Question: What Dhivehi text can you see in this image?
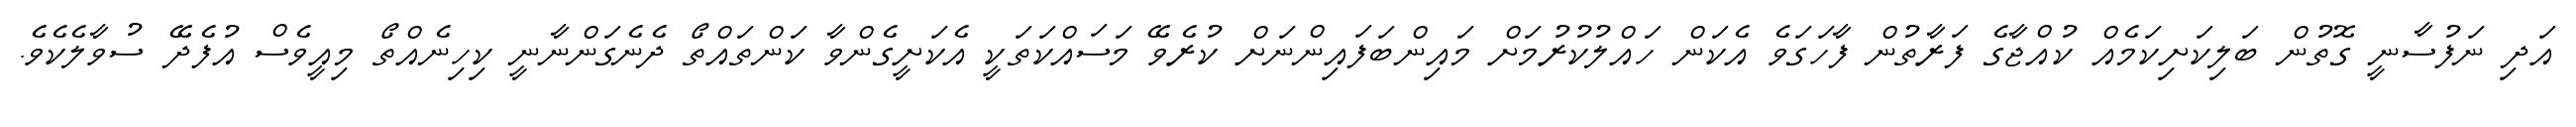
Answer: އަދި ނަފުސާނީ ގޮތުން ބަލިކަށިކަމެއް ކުއްޖާގެ ފަރާތުން ފާހަގަވެ އެކަން ހައްލުކުރުމަށް މައިންބަފައިންނަށް ކުރެވޭ މަސައްކަތަކީ އެކަށީގެންވާ ކަންތައްތޯ ދެނެގަންނާނީ ކިހިނެއްތޯ މިއީވެސް އުފެދޭ ސުވާލެކެވެ.